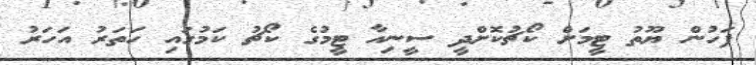
ފަހުން ޔޫތު ޓީމަށް ކޯޗުކޮށްދީ ސީނިއާ ޓީމުގެ ކޯޗު ކަމުގައި ހަތަރު އަހަރު